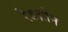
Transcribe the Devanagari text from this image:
रेडज़ोन